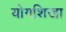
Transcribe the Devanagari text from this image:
योगशिखा